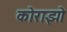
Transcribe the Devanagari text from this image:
कोराझो